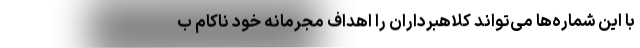
با این شماره‌ها می‌تواند کلاهبرداران را اهداف مجرمانه خود ناکام ب